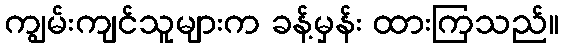
ကျွမ်းကျင်သူများက ခန့်မှန်း ထားကြသည်။